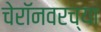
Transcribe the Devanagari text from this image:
चेरॉनवरच्या